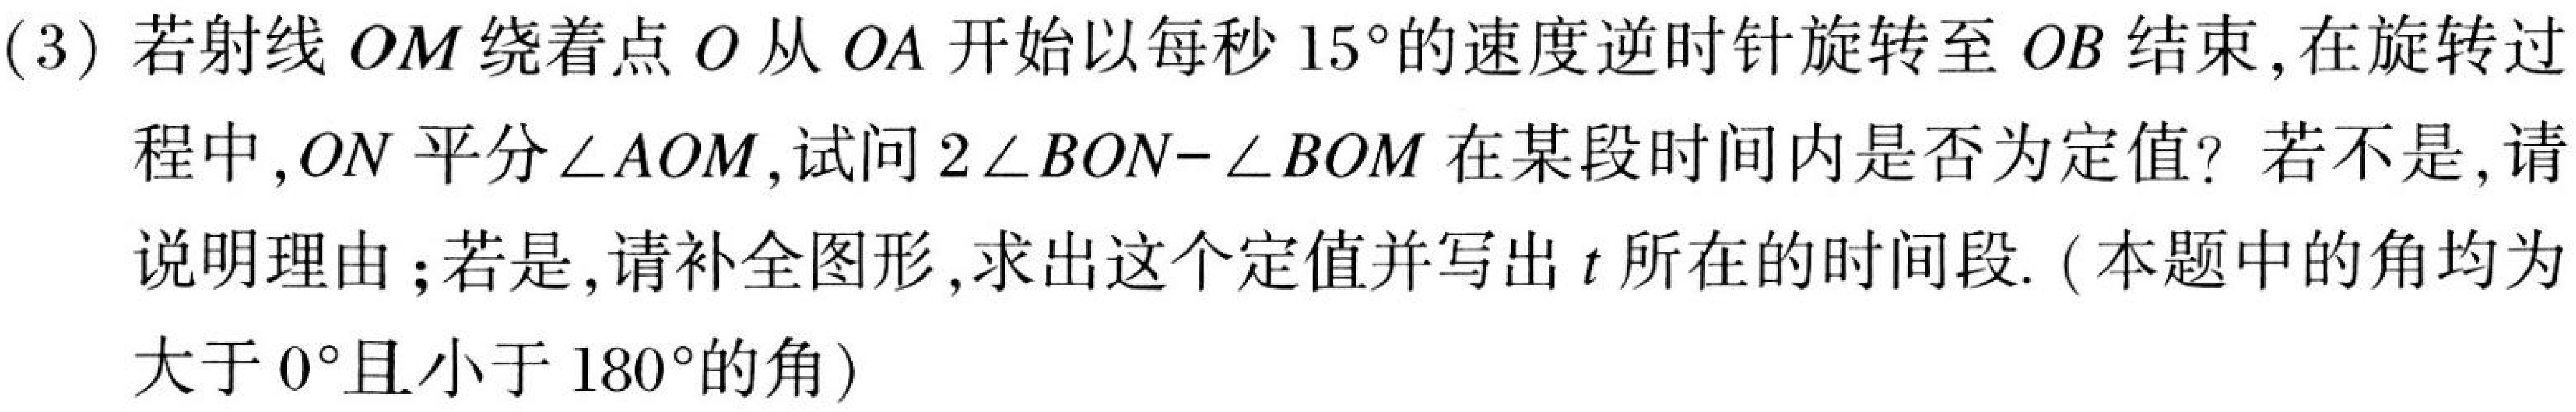
(3) 若射线 \(OM\) 绕着点 \(O\) 从 \(OA\) 开始以每秒 \(15^{\circ}\)的速度逆时针旋转至 \(OB\) 结束, 在旋转过
程中, \(ON\) 平分\(\angle AOM\), 试问 \(2\angle BON-\angle BOM\) 在某段时间内是否为定值? 若不是, 请
说明理由；若是, 请补全图形, 求出这个定值并写出 \(t\) 所在的时间段. (本题中的角均为
大于 \(0^{\circ}\)且小于 \(180^{\circ}\)的角)